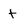
Character: t